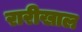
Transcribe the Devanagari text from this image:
रारीखाल